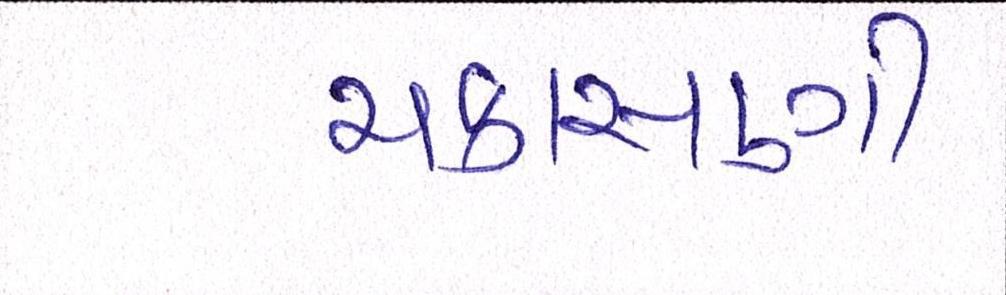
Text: ચકાસણી